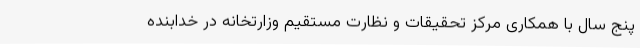
پنج سال با همکاری مرکز تحقیقات و نظارت مستقیم وزارتخانه در خدابنده